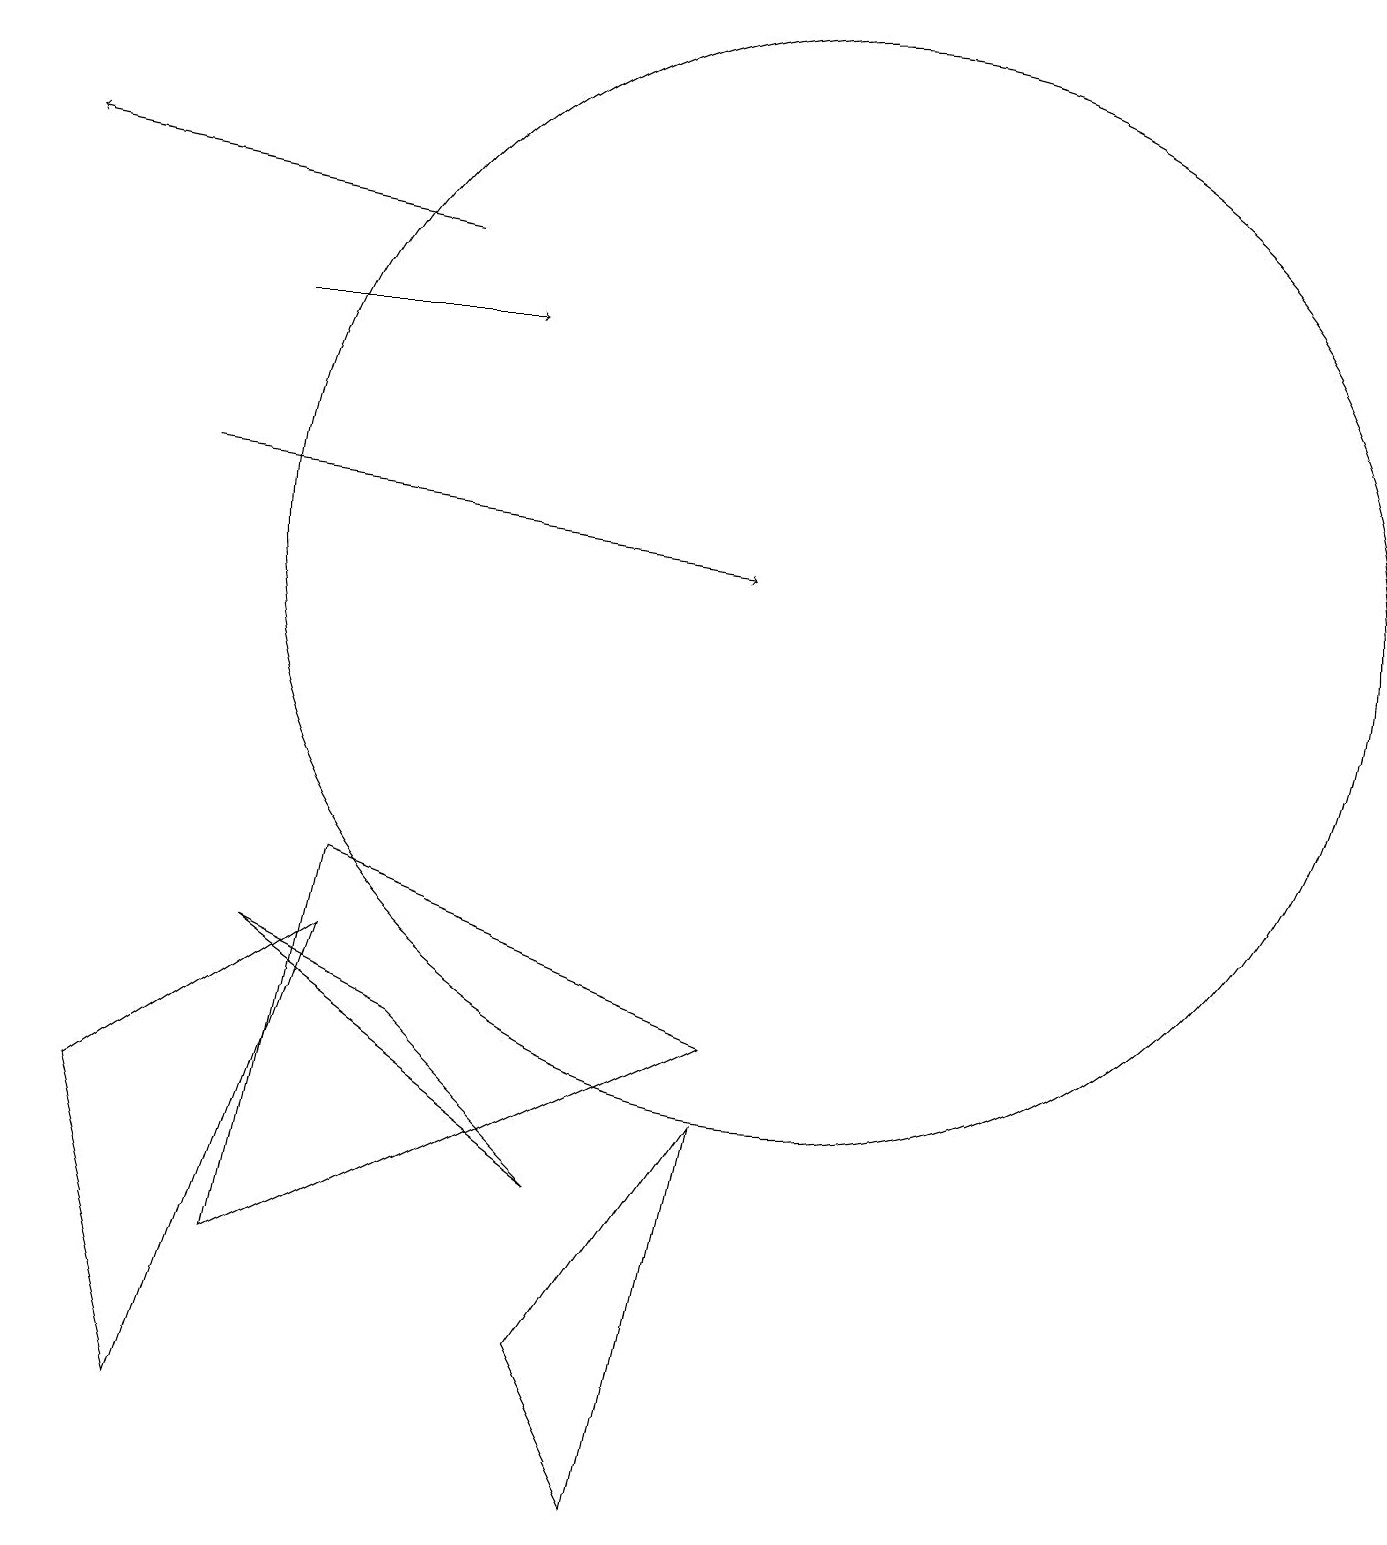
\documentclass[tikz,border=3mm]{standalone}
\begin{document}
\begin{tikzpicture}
\draw (10,12) circle (7);
\draw (2,1) -- (1,5) -- (4,7) -- cycle;
\draw (8,0) -- (9,5) -- (7,2) -- cycle;
\draw (3,3) -- (4,8) -- (9,6) -- cycle;
\draw[->] (5,16) -- (0,17);
\draw[->] (2,13) -- (9,12);
\draw (5,6) -- (7,4) -- (3,7) -- cycle;
\draw[->] (3,15) -- (6,15);
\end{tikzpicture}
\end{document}